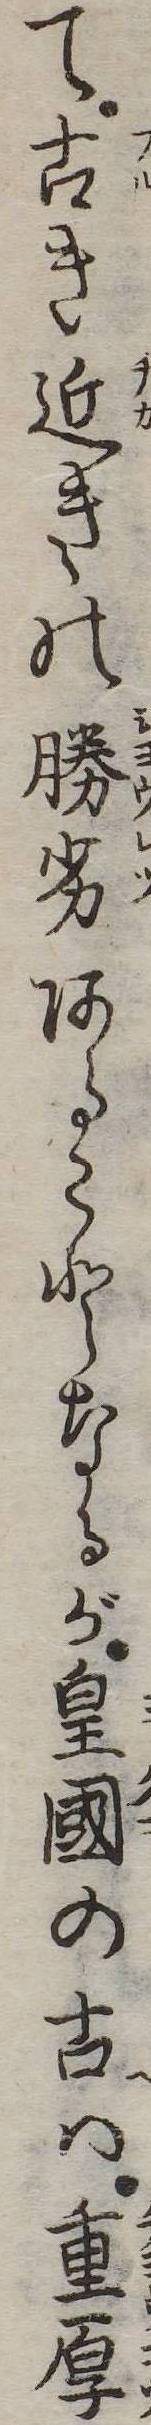
て古き近きの勝劣あることなるが皇国の古は重厚